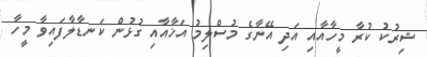
ޝިރުކު ކުރާ މީހާއާއި އަދި އޭނާގެ މުސްލިމު އަޚާއާއި ގުޅުން ކަނޑާލާފައިވާ މީހާ